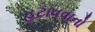
હટાવવાનો